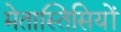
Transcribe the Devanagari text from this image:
मेतास्तिसियों